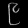
Digit: ၉